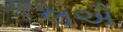
લઐ